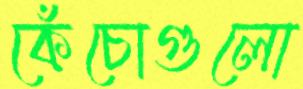
কেঁচোগুলো